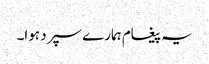
یہ پیغام ہمارے سپرد ہوا۔